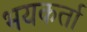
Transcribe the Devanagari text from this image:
भयकर्ता